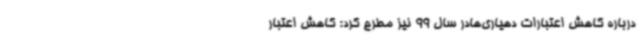
درباره کاهش اعتبارات دهیاری‌هادر سال 99 نیز مطرح کرد: کاهش اعتبار